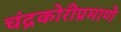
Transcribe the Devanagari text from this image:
चंद्रकोरीप्रमाणे